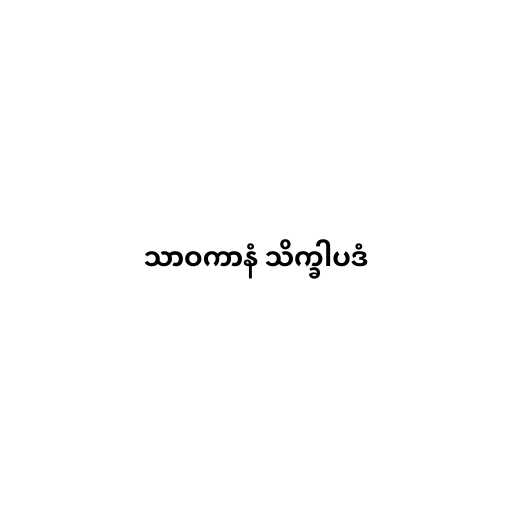
သာဝကာနံ သိက္ခါပဒံ